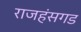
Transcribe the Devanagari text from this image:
राजहंसगड